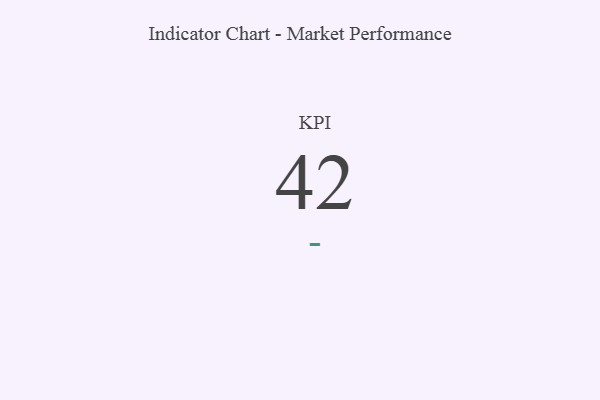
{"axis": {"x": "KPI", "y": "Value"}, "legend": [""], "data": [{"x": "KPI", "y": 42, "type": ""}]}